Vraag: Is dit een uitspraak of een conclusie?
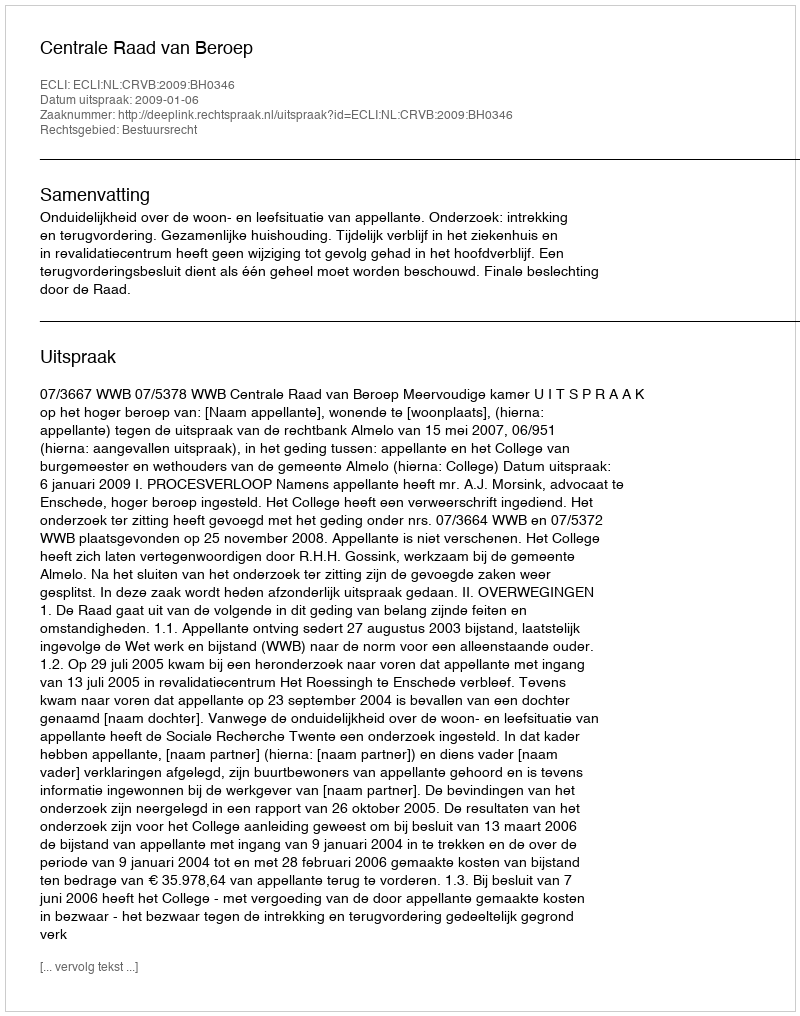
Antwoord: Uitspraak